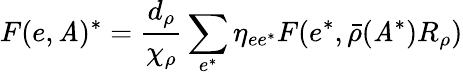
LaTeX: F(e,\mathit{A})^{*}=\frac{{d_{\rho}}}{{\chi_{\rho}}}\sum_{e^{*}}\eta_{ee^{*}}F(e^{*},\bar{{\rho}}(\mathit{A}^{*})R_{\rho})